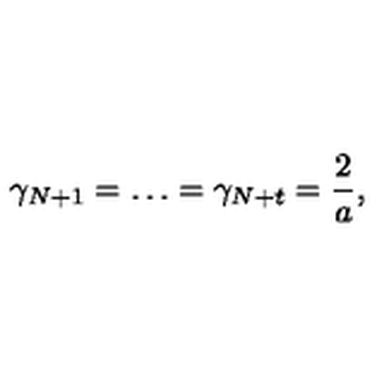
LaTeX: \gamma _ { N + 1 } = \ldots = \gamma _ { N + t } = \frac { 2 } { a } ,